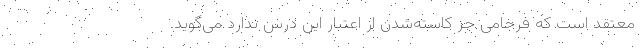
معتقد است که فرجامی جز کاسته‌شدن از اعتبار این درس ندارد می‌گوید.